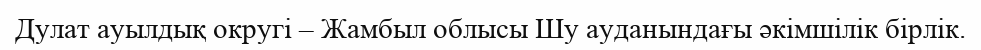
Дулат ауылдық округі – Жамбыл облысы Шу ауданындағы әкімшілік бірлік.